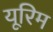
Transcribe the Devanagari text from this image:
यूरिम